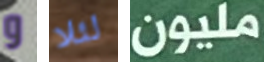
و لئلا مليون